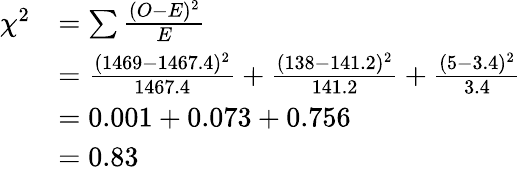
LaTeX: {\begin{array}{rl}{\chi^{2}}&{=\sum{\frac{(O-E)^{2}}{E}}}\\ &{={\frac{(1469-1467.4)^{2}}{1467.4}}+{\frac{(138-141.2)^{2}}{141.2}}+{\frac{(5-3.4)^{2}}{3.4}}}\\ &{=0.001+0.073+0.756}\\ &{=0.83}\end{array}}